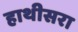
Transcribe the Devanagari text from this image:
हाथीसरा